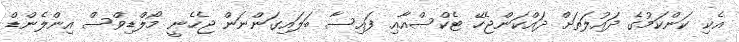
އެކި ކަންކަމުގެ ދައުލަތަށް ދައްކަންޖެހޭ ޓެކްސްއާޢި ފައިސާ ބަލައިގަންނަން ޖެހެނީ މޯލްޑިވްސް އިންލެންޑް